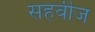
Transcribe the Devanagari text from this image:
सहवीज